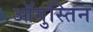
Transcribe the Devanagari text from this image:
ऑगुस्तिन